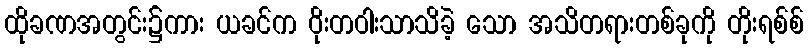
ထိုခဏအတွင်း၌ကား ယခင်က ဝိုးတဝါးသာသိခဲ့ သော အသိတရားတစ်ခုကို တိုးရစ်စ်